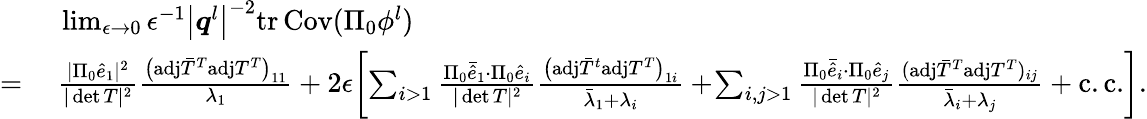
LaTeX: \begin{array}{rl}&{~\operatorname*{lim}_{\epsilon\rightarrow 0}\epsilon^{-1}\big\vert\boldsymbol{q}^{l}\big\vert^{-2}\mathrm{tr}\, {\mathrm{Cov}(\Pi_{0}{\phi}^{l})}}\\ {=}&{~\frac{\vert\Pi_{0}\hat{e}_{1}\vert^{2}}{\vert\operatorname*{det}T\vert^{2}}\frac{\big(\mathrm{adj}\bar{T}^{T}\mathrm{adj}T^{T}\big)_{11}}{\lambda_{1}}+2\epsilon\! \left[\sum_{i>1}\frac{\Pi_{0}\bar{\hat{e}}_{1}\cdot\Pi_{0}\hat{e}_{i}}{\vert\operatorname*{det}T\vert^{2}}\frac{\big(\mathrm{adj}\bar{T}^{t}\mathrm{adj}T^{T}\big)_{1i}}{\bar{\lambda}_{1}+\lambda_{i}}+\! \sum_{i,j>1}\frac{\Pi_{0}\bar{\hat{e}}_{i}\cdot\Pi_{0}\hat{e}_{j}}{\vert\operatorname*{det}T\vert^{2}}\frac{(\mathrm{adj}\bar{T}^{T}\mathrm{adj}T^{T})_{ij}}{\bar{\lambda}_{i}+\lambda_{j}}+\mathrm{c.c.}\right].}\end{array}